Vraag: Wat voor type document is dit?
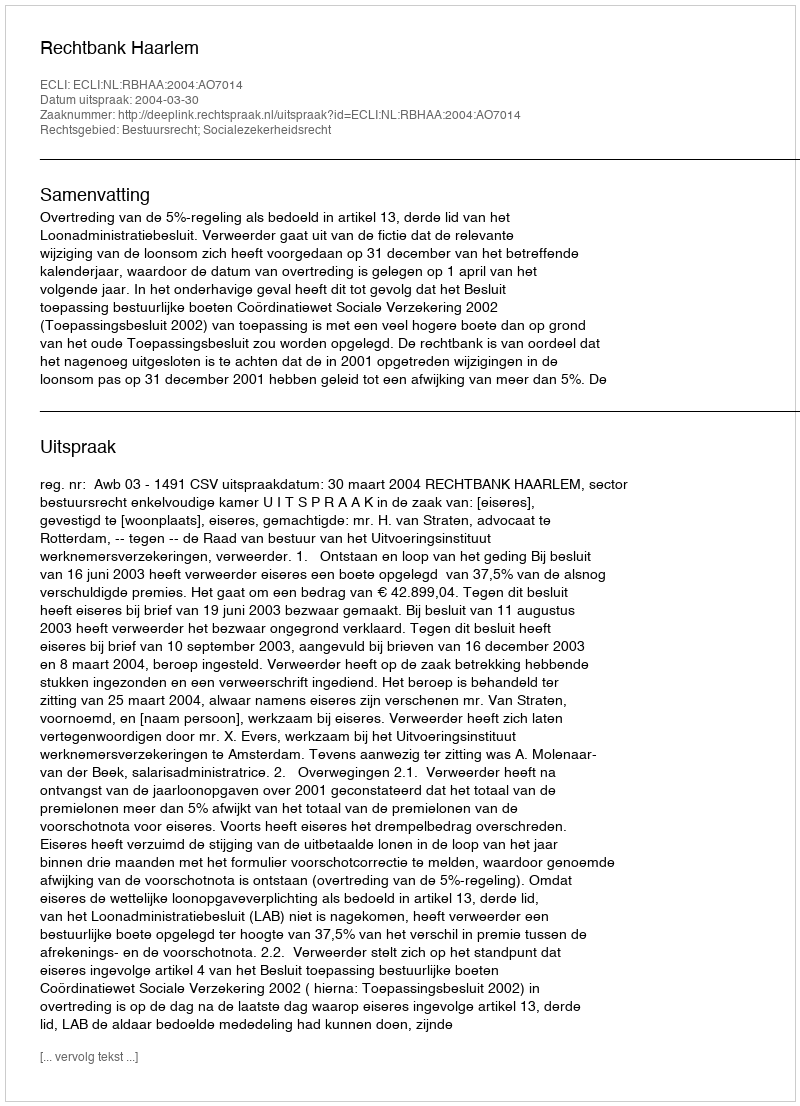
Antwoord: Uitspraak